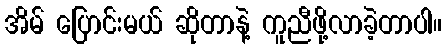
အိမ် ပြောင်းမယ် ဆိုတာနဲ့ ကူညီဖို့လာခဲ့တာပါ။